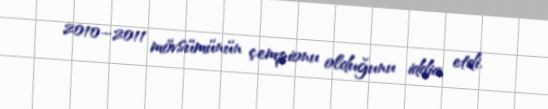
2010–2011 mövsümünün çempionu olduğunu iddia etdi.